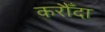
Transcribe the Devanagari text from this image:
करौँदा